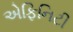
એફિનિટી